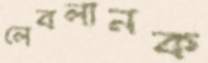
লেবলানক